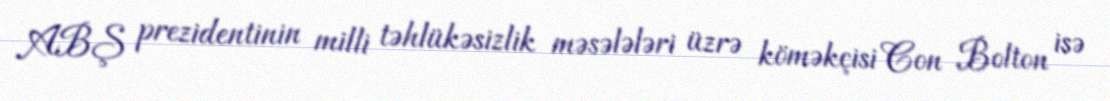
ABŞ prezidentinin milli təhlükəsizlik məsələləri üzrə köməkçisi Con Bolton isə